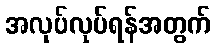
အလုပ်လုပ်ရန်အတွက်